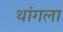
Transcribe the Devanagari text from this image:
थांगला